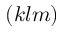
( k l m )